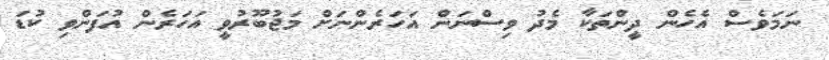
ނަމަވެސް އެހެން ދީންތަކާ މެދު ވިސްނަން އަހަރެންނަށް މަޖުބޫރުވީ އަހަރެން އުފަންވި ކުޑަ